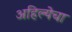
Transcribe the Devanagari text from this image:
अहिल्येचा